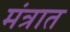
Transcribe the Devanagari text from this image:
मंत्रात